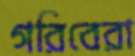
গরিবেরা